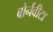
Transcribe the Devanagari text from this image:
बोर्नवीटा